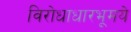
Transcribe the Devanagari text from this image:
विरोधाधारभूमये